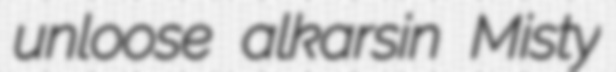
unloose alkarsin Misty